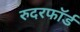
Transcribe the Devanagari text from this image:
रुदरफॉर्ड